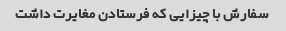
سفارش با چیزایی که فرستادن مغایرت داشت